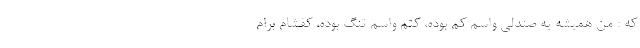
که : من همیشه یه صندلی واسم کم بوده، کتم واسم تنگ بوده، کفشام برام